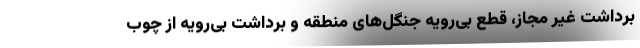
برداشت غیر مجاز، قطع بی‌رویه جنگل‌های منطقه و برداشت بی‌رویه از چوب